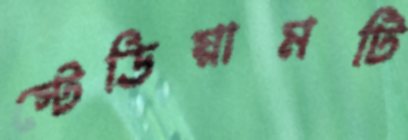
স্টেডিয়ামটি